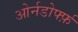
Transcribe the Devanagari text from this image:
ओर्नडोर्फ्फ़